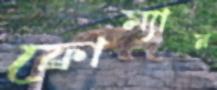
ফ্রোম্যান